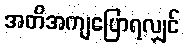
အတိအကျပြောရလျှင်